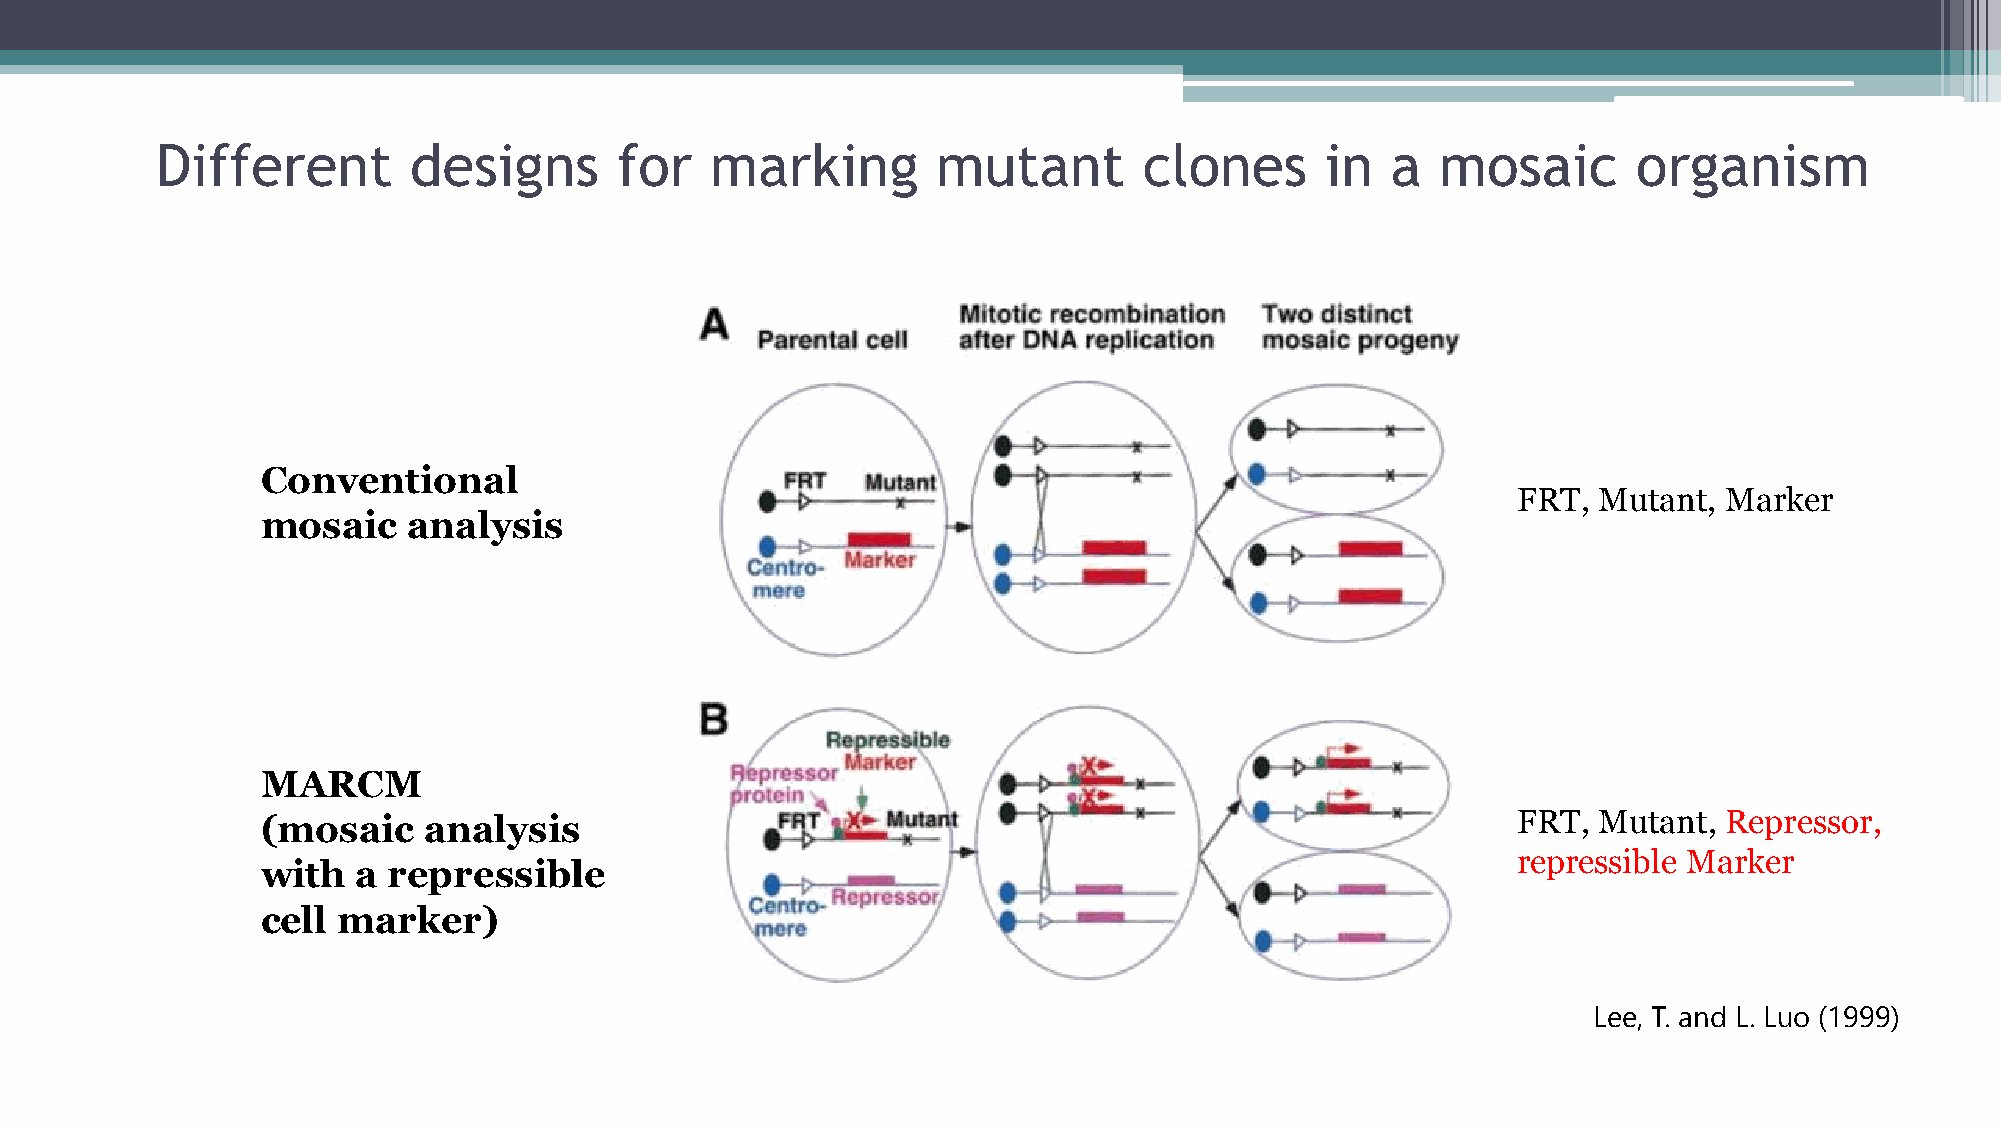
Different        designs       for   marking        mutant        clones      in  a  mosaic       organism
 Conventional
 FRT,  Mutant, Marker
 mosaic    analysis
 MARCM
 (mosaic    analysis                                                                FRT,  Mutant, Repressor,
 repressible Marker
 with   a repressible
 cell marker)
 Lee, T. and L. Luo (1999)